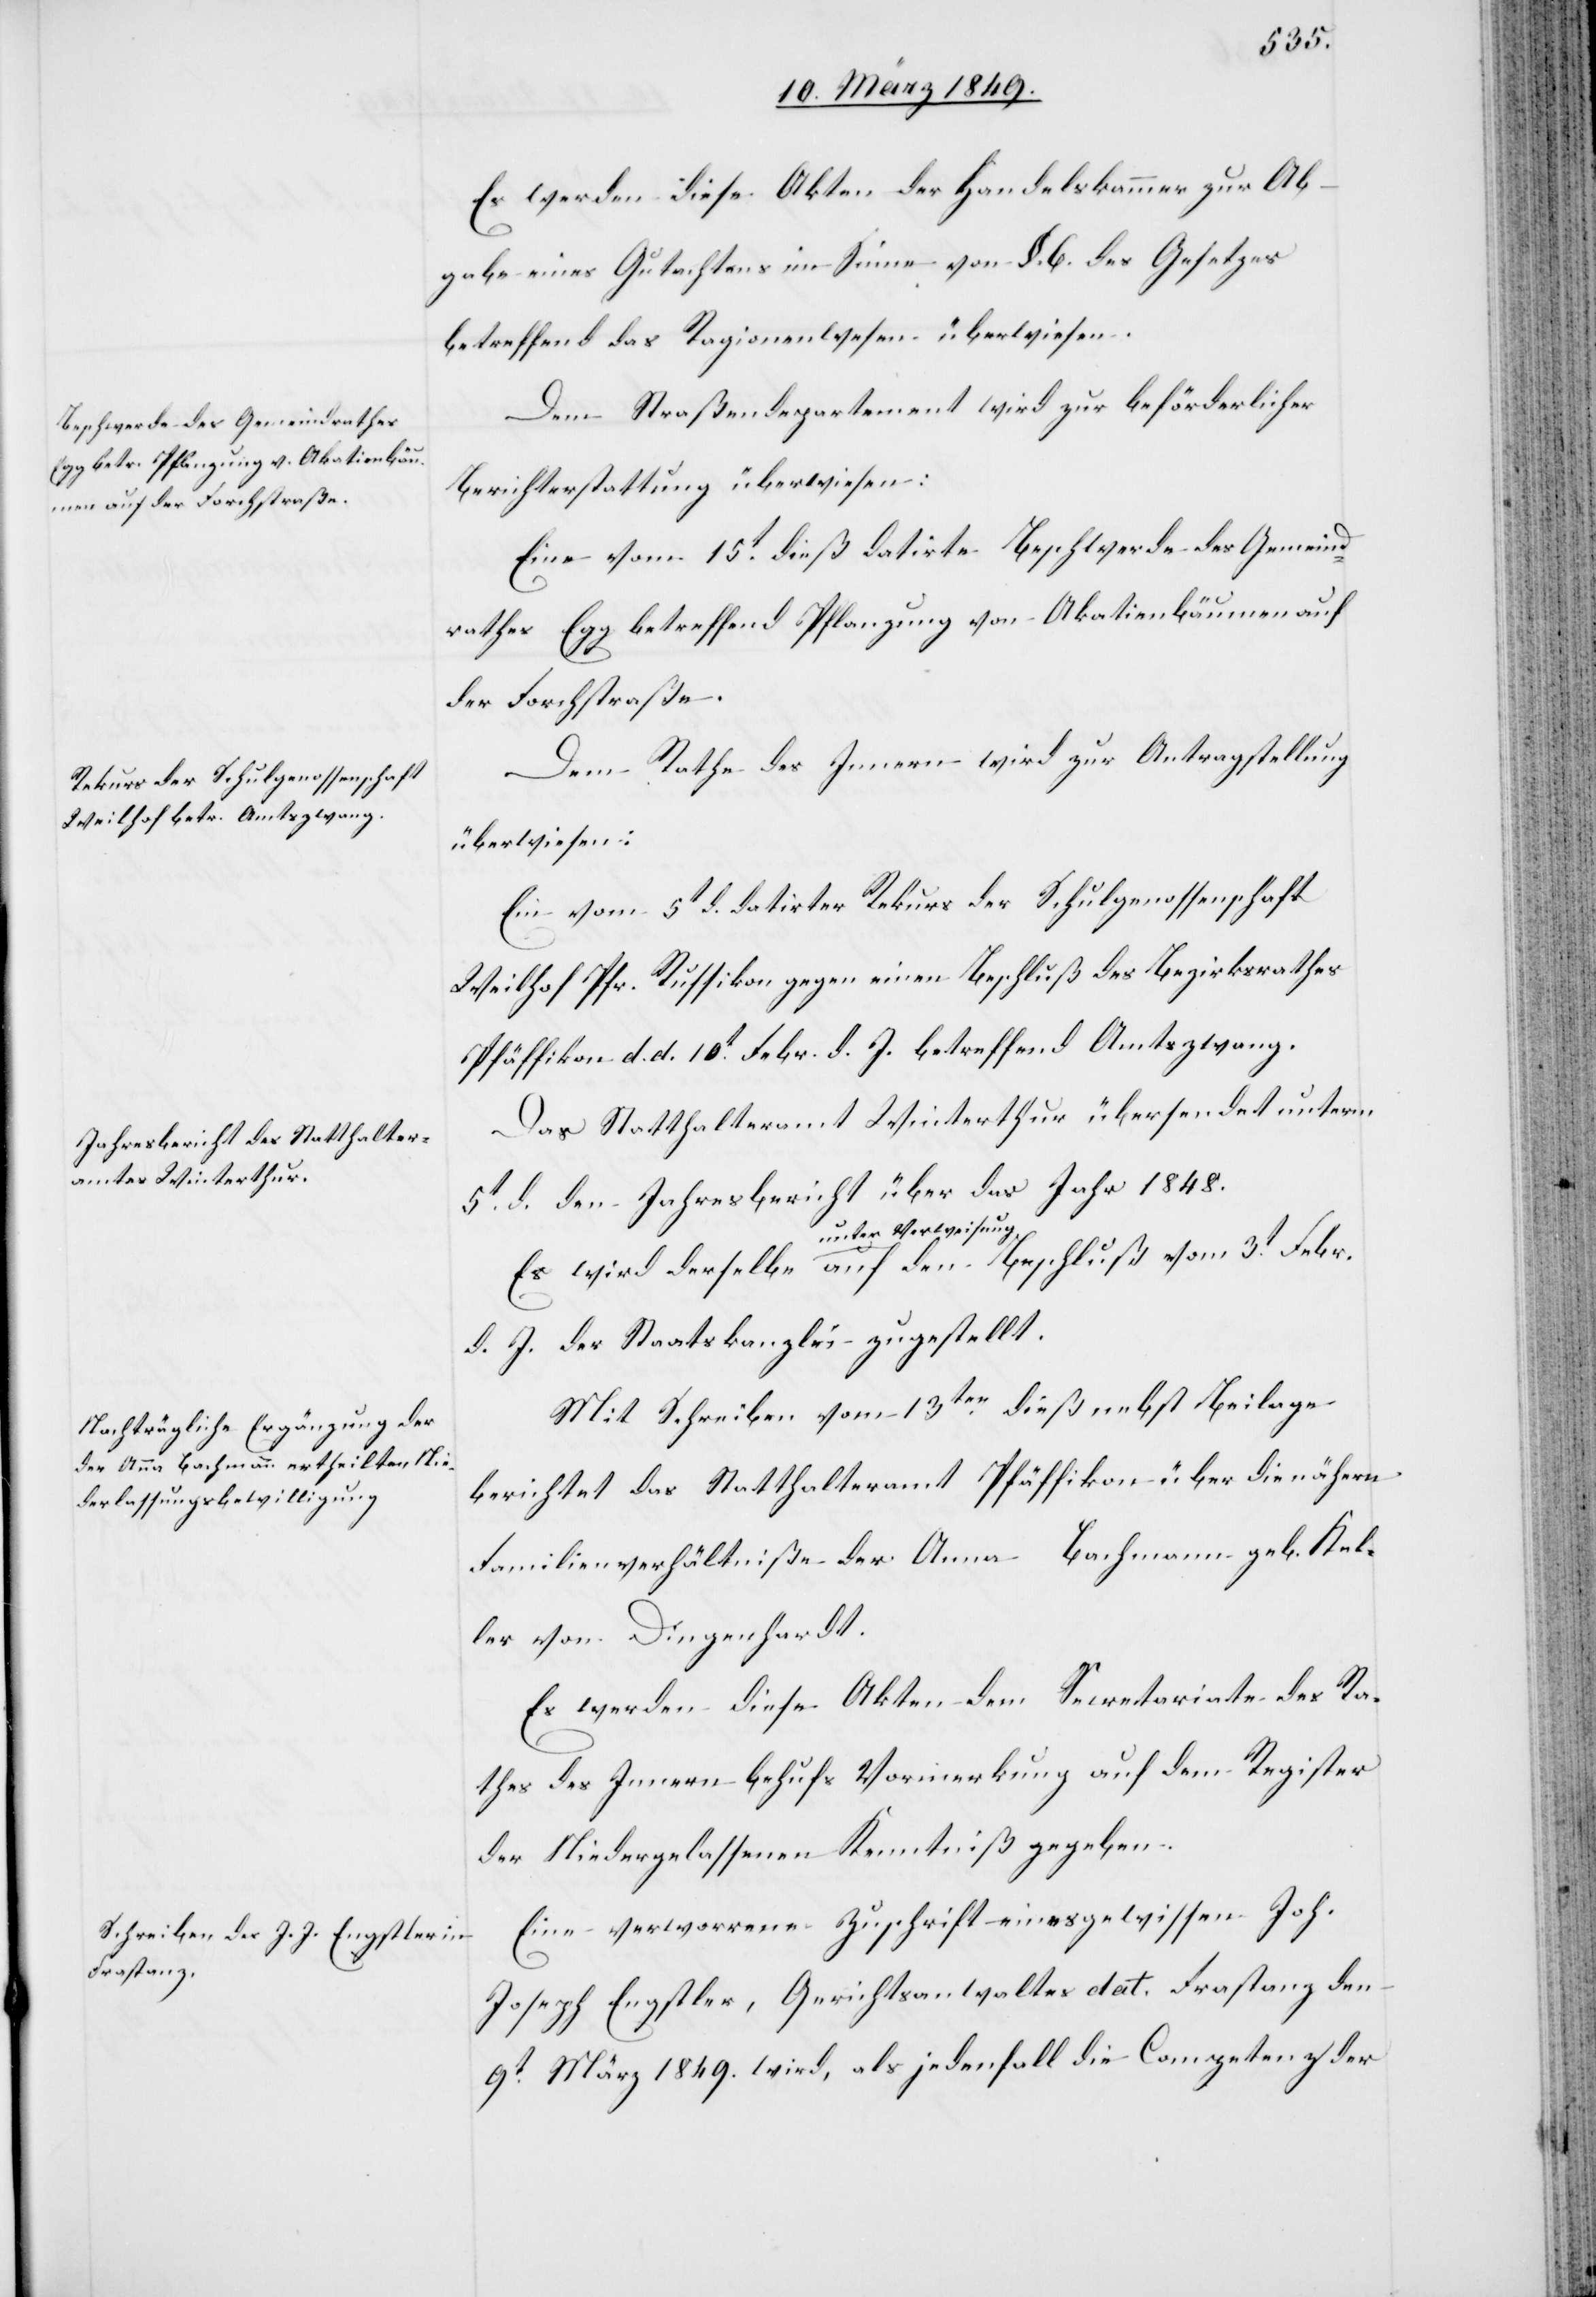
vom 3t.
16. März 1849.]
Es werden diese Akten der Handelskammer zur Ab¬
gabe eines Gutachtens im Sinne von §. 6. des Gesetzes
betreffend das Ragionenwesen überwiesen.
Dem Straßendepartement wird zur beförderlicher
Berichterstattung überwiesen:
Eine vom 15t. dieß datirte Beschwerde des Gemeind¬
rathes Egg betreffend Pflanzung von Akatienbäumen auf
der Forchstraße.
Dem Rathe des Innern wird zur Antragstellung
überwiesen:
Ein vom 5t. d. datirter Rekurs der Schulgenossenschaft
Weilhof Pfr. Russikon gegen einen Beschluß des Bezirksrathes
Pfäffikon d. d. 10t. Febr. d. J. betreffend Amtszwang.
Das Statthalteramt Winterthur übersendet unterm
5t. d. den Jahresbericht über das Jahr 1848.
unter Verweisung
d. J. der Staatskanzlei zugestellt.
Mit Schreiben vom 13ten. dieß nebst Beilage
berichtet das Statthalteramt Pfäffikon über die nähern
Familienverhältniße der Anna Bachmann geb. Kel¬
ler von Dingenhardt.
Es werden diese Akten dem Secretariate des Ra¬
thes des Innern behufs Vormerkung auf dem Register
der Niedergelassenen Kenntniß [sic!] gegeben.
Eine verworrene Zuschrift eines gewissen Joh.
Joseph Engstler, Gerichtsanwaltes dat. Frastanz den
9t. März 1849. wird, als jedenfalls die Competenz der